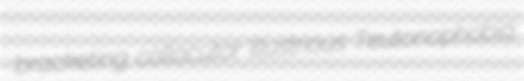
bracketing collocutor illustrious Teutonophobia